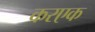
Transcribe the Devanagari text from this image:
करएक